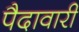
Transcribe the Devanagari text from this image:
पैदावारी